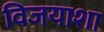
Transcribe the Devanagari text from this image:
विजयाशा